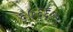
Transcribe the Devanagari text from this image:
६७६६१५